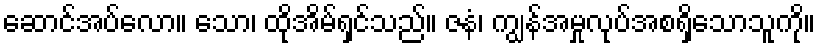
ဆောင်အပ်လော။ သော၊ ထိုအိမ်ရှင်သည်။ ဇနံ၊ ကျွန်အမှုလုပ်အစရှိသောသူကို။